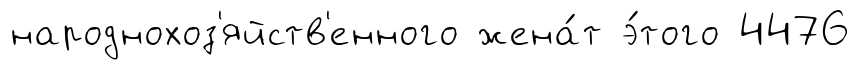
народнохоз'яйств'енного жена́т э́того 4476